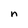
Character: n